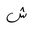
Letter: _shin